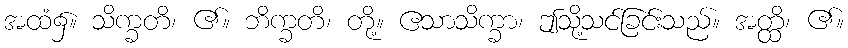
အထံ၌။ သိက္ခတိ၊ ၏။ ဘိက္ခတိ၊ တို့။ ဧသာသိက္ခာ၊ ဤသို့သင်ခြင်းသည်။ အတ္ထိ၊ ၏။